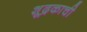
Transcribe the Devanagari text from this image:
शूद्रकाची